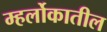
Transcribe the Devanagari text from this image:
म्हर्लोकातील